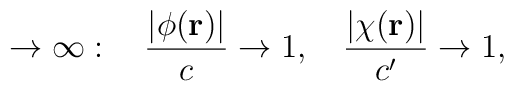
\rightarrow\infty:\hspace{4mm} \frac{|\phi({\bf r})|}{c}\rightarrow 1,\hspace{4mm}                \frac{|\chi({\bf r})|}{c'}\rightarrow 1,